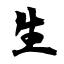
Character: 生